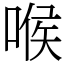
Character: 喉